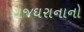
રાજઘરાનાનો